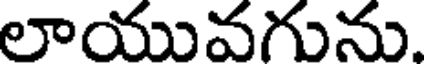
లాయువగును.